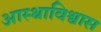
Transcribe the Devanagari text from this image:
आस्थाविश्वास